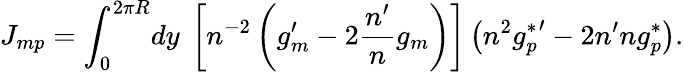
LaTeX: J_{mp}=\int_{0}^{2\pi R}\! dy\ \left[n^{-2}\left(g_{m}^{\prime}-2\frac{n^{\prime}}{n}g_{m}\right)\right]\left(n^{2}{g_{p}^{*}}^{\prime}-2n^{\prime}ng_{p}^{*}\right).